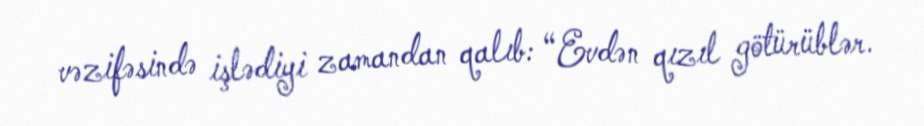
vəzifəsində işlədiyi zamandan qalıb: “Evdən qızıl götürüblər.